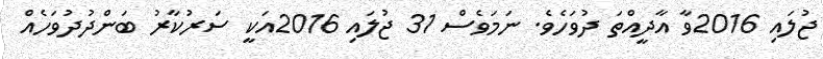
ޖުލައި 2016ވާ އާދީއްތަ ދުވަހެވެ. ނަމަވެސް 31 ޖުލައި 2016އަކީ ސަރުކާރު ބަންދުދުވަހެއް